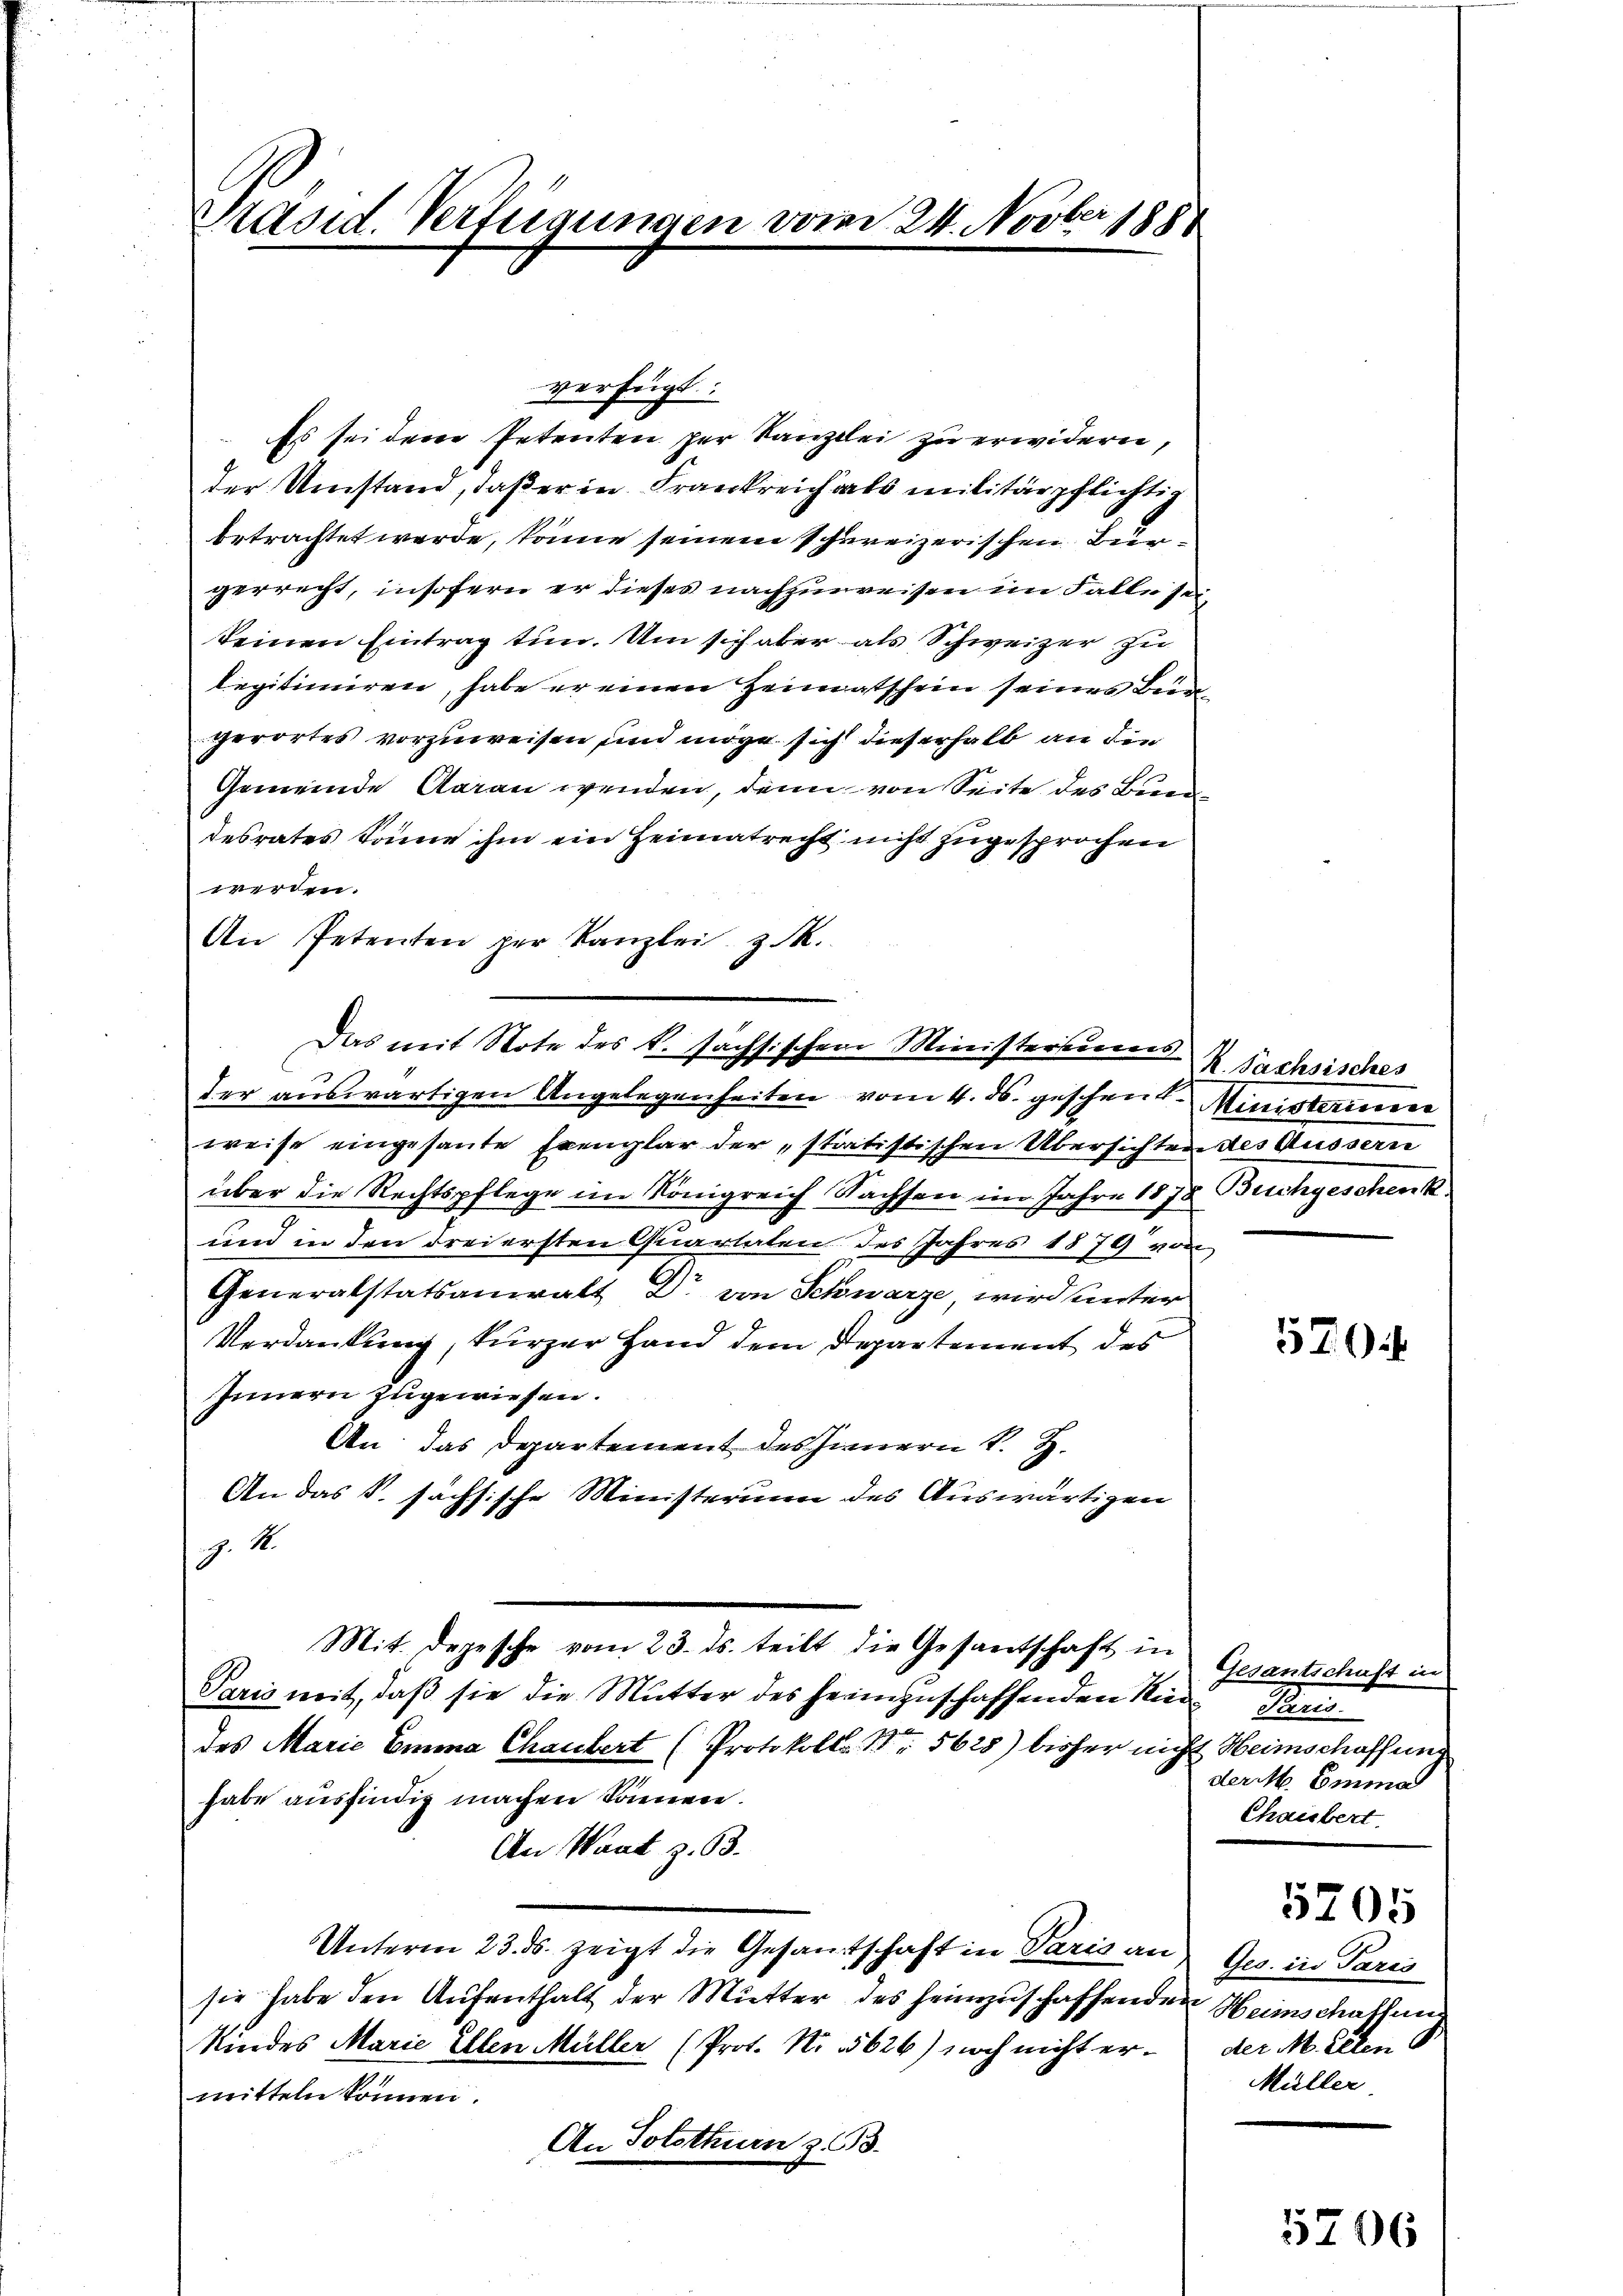
Präsid. Verfügungen vom 24. Novber 1881

Es sei dene Petenten per Kanzlei zu erwidern,
der Umstand, daß er in Frankreich als militärpflichtig
betrachtet werde, könne seinem schweizerischen Bürgerrecht, insofern er dieses nachzuweisen im Falle sei
keinen Eintrag tun. Um sich aber als Schweizer zu
legitimiren, habe er einen Heimatschein seines Bunperortes vorzuweisen und möge sich dieserhalb an die
Gemeinde Garan werden, denn von Seite des Bun
desrates könne ihm ein Heimatrecht nicht zugesprochen
werden.
An Petenten per Kanzlei z. R.
weise eingesante Exemplar der statistischen Übersichten des Äussern
über die Rechtspflege im Königreich Sachsen im Jahre 1878 Buchgeschenk
und in den drei ersten Quartalen des Jahres 1879 von
Generalstatsanwalt Dr. von Schwarze, wird unter
Verdankung, kurzer Hand dem Departement des
Innern zugewiesen.
An das Departement des Innern K. H.
An das S. sächsische Ministerium des Auswärtigen
9.4.
Mit. depesche vom 23. ds. teilt die Gesandtschaft in
Paris mit, daß sie die Mutter des heimzuschaffenden Rieddes Marie Emma Chaubert (Protokoll Nr. 5628) bisher nicht Heimschaffung
habe ausfindig machen können.
An Want z. 63.
Unterm 23. ds. zeigt die Gesandtschaft in Paris an
sie habe den Aufenthalt der Mutter des heimzuschaffenden Heimschaffung
Kindes Marie Ellen Müller (Prot. Nr. 5626) noch nicht ermitteln können.
An Solothurn § 63.

verfügt:

Das mit Note des k. sächsischen Ministersum K. Sachsisches
der auswärtigen Angelegenheiten vom 4. ds. geschent. Ministerium

570.

Gesantschaft in
Man
der. Emma
Chaisbert.

5705

Ges. in Paris
der M. Peten
Müller

5206